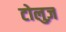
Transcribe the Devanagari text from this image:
टोलुज़